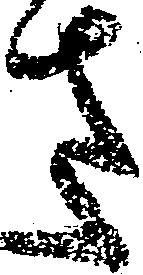
さ